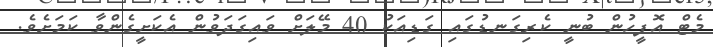
މެޓް އޮފީހުން ބުނީ ކެރިގަނޑުގައި ގަޑިއަކު 40 މޭލަށް ވައިގަދަވުން އެކަށީގެންވާ ކަމަށެވެ.